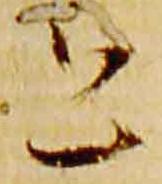
意